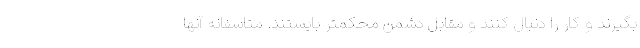
بگیرند و کار را دنبال کنند و مقابل دشمن محکمتر بایستند. متاسفانه آنها